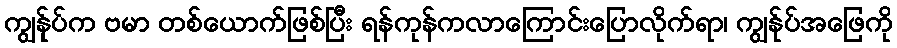
ကျွန်ုပ်က ဗမာ တစ်ယောက်ဖြစ်ပြီး ရန်ကုန်ကလာကြောင်းပြောလိုက်ရာ၊ ကျွန်ုပ်အဖြေကို